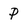
Character: P